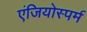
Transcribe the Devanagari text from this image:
एंजियोस्पर्म